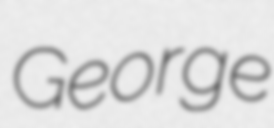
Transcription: George